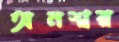
অনশ্বর